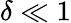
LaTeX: \delta\ll 1